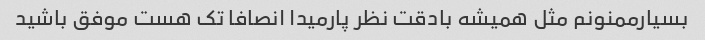
بسیارممنونم مثل همیشه بادقت نظر پارمیدا انصافا تک هست موفق باشید